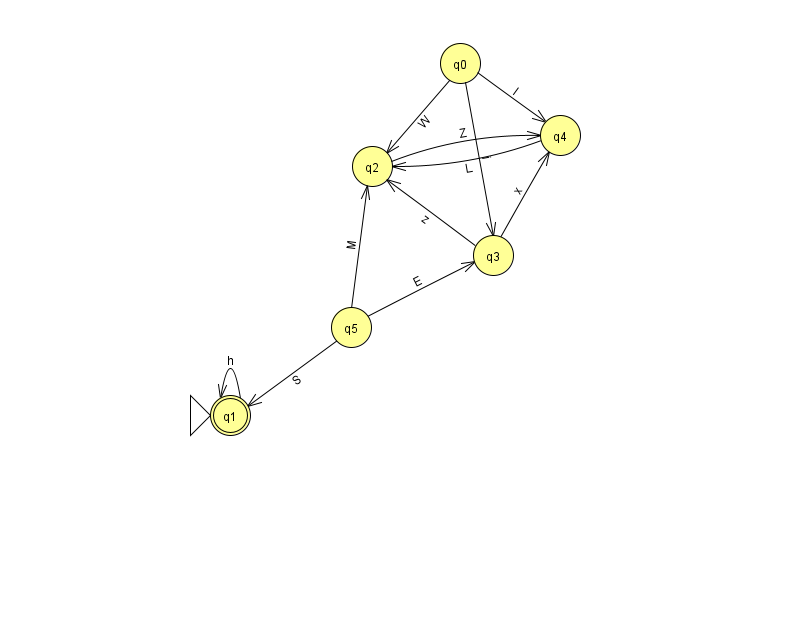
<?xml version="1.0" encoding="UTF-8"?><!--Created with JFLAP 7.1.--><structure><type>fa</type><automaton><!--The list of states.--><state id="0" name="q0"><x>460.0</x><y>50.0</y></state><state id="1" name="q1"><x>230.0</x><y>402.0</y><initial/><final/></state><state id="2" name="q2"><x>372.0</x><y>153.0</y></state><state id="3" name="q3"><x>493.0</x><y>242.0</y></state><state id="4" name="q4"><x>560.0</x><y>122.0</y></state><state id="5" name="q5"><x>351.0</x><y>314.0</y></state><!--The list of transitions.--><transition><from>2</from><to>4</to><read>Z</read></transition><transition><from>3</from><to>4</to><read>x</read></transition><transition><from>5</from><to>3</to><read>E</read></transition><transition><from>5</from><to>1</to><read>S</read></transition><transition><from>0</from><to>3</to><read>i</read></transition><transition><from>4</from><to>2</to><read>L</read></transition><transition><from>0</from><to>4</to><read>l</read></transition><transition><from>1</from><to>1</to><read>h</read></transition><transition><from>3</from><to>2</to><read>z</read></transition><transition><from>5</from><to>2</to><read>M</read></transition><transition><from>0</from><to>2</to><read>W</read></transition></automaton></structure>